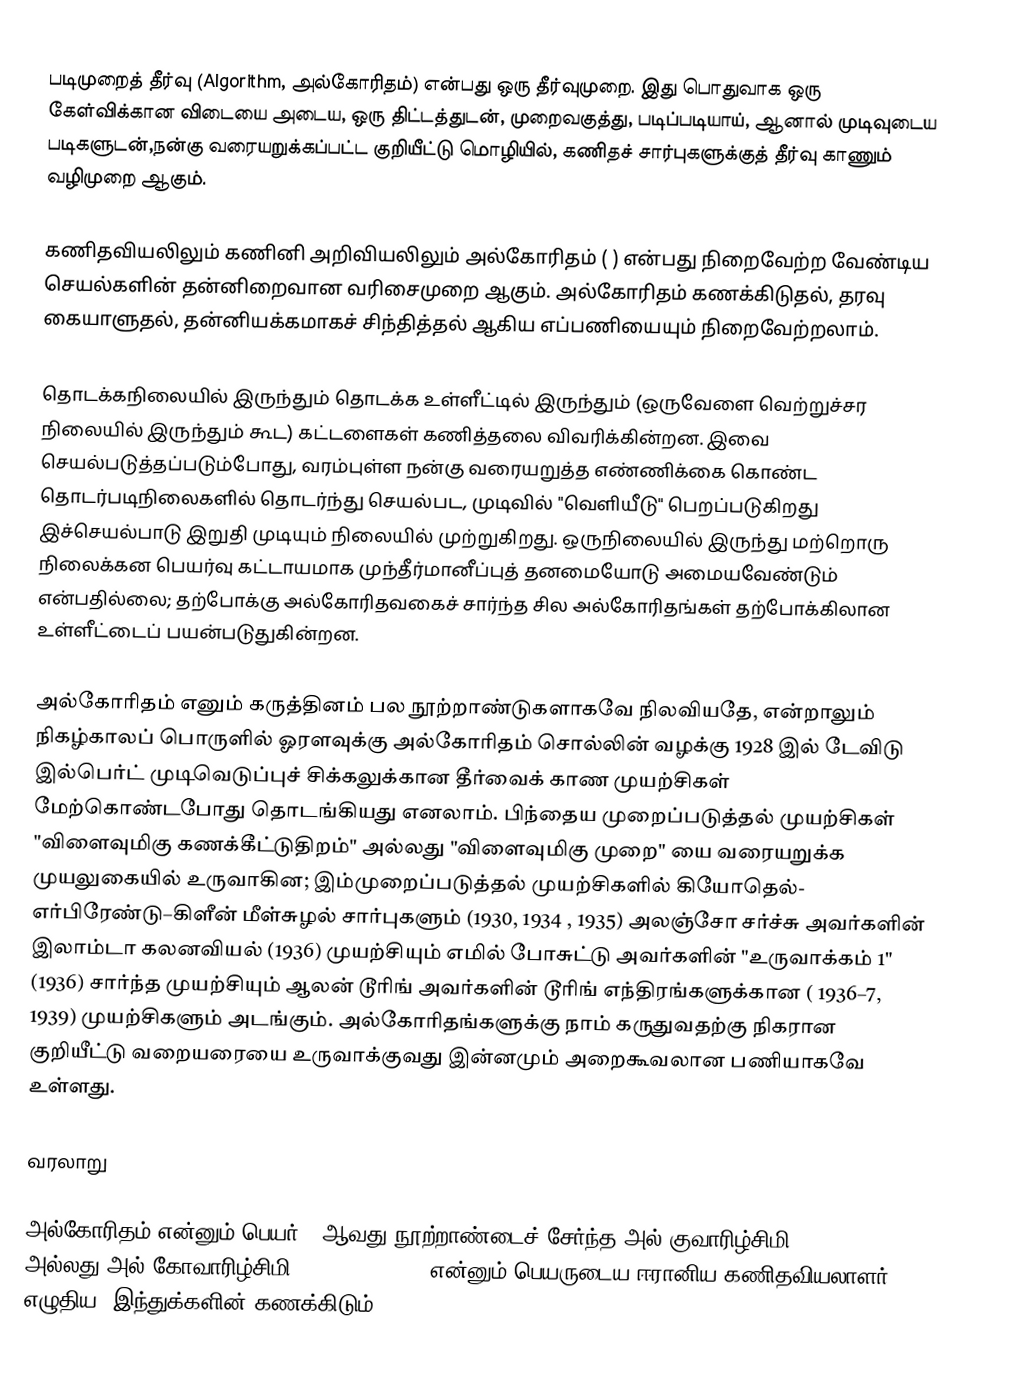
படிமுறைத் தீர்வு (Algorithm, அல்கோரிதம்) என்பது ஒரு தீர்வுமுறை. இது பொதுவாக ஒரு கேள்விக்கான விடையை அடைய, ஒரு திட்டத்துடன், முறைவகுத்து, படிப்படியாய், ஆனால் முடிவுடைய படிகளுடன்,நன்கு வரையறுக்கப்பட்ட குறியீட்டு மொழியில், கணிதச் சார்புகளுக்குத்  தீர்வு காணும் வழிமுறை ஆகும்.

கணிதவியலிலும் கணினி அறிவியலிலும் அல்கோரிதம் ( ) என்பது நிறைவேற்ற வேண்டிய செயல்களின் தன்னிறைவான வரிசைமுறை ஆகும். அல்கோரிதம் கணக்கிடுதல், தரவு கையாளுதல், தன்னியக்கமாகச் சிந்தித்தல் ஆகிய எப்பணியையும் நிறைவேற்றலாம்.

தொடக்கநிலையில் இருந்தும் தொடக்க உள்ளீட்டில் இருந்தும் (ஒருவேளை வெற்றுச்சர நிலையில் இருந்தும் கூட) கட்டளைகள் கணித்தலை விவரிக்கின்றன. இவை செயல்படுத்தப்படும்போது, வரம்புள்ள நன்கு வரையறுத்த எண்ணிக்கை கொண்ட தொடர்படிநிலைகளில் தொடர்ந்து செயல்பட, முடிவில் "வெளியீடு" பெறப்படுகிறது இச்செயல்பாடு இறுதி முடியும் நிலையில் முற்றுகிறது. ஒருநிலையில் இருந்து மற்றொரு நிலைக்கன பெயர்வு கட்டாயமாக முந்தீர்மானீப்புத் தனமையோடு அமையவேண்டும் என்பதில்லை; தற்போக்கு அல்கோரிதவகைச் சார்ந்த சில அல்கோரிதங்கள் தற்போக்கிலான உள்ளீட்டைப் பயன்படுதுகின்றன.

அல்கோரிதம் எனும் கருத்தினம் பல நூற்றாண்டுகளாகவே நிலவியதே, என்றாலும் நிகழ்காலப் பொருளில் ஓரளவுக்கு அல்கோரிதம் சொல்லின் வழக்கு 1928 இல் டேவிடு இல்பெர்ட் முடிவெடுப்புச் சிக்கலுக்கான தீர்வைக் காண முயற்சிகள் மேற்கொண்டபோது தொடங்கியது எனலாம். பிந்தைய முறைப்படுத்தல் முயற்சிகள் "விளைவுமிகு கணக்கீட்டுதிறம்" அல்லது "விளைவுமிகு முறை" யை வரையறுக்க முயலுகையில் உருவாகின; இம்முறைப்படுத்தல் முயற்சிகளில் கியோதெல்- எர்பிரேண்டு–கிளீன்  மீள்சுழல் சார்புகளும்  (1930, 1934 , 1935) அலஞ்சோ சர்ச்சு அவர்களின் இலாம்டா கலனவியல் (1936) முயற்சியும் எமில் போசுட்டு அவர்களின் "உருவாக்கம் 1" (1936) சார்ந்த முயற்சியும் ஆலன் டூரிங் அவர்களின் டூரிங் எந்திரங்களுக்கான ( 1936–7, 1939) முயற்சிகளும் அடங்கும். அல்கோரிதங்களுக்கு நாம் கருதுவதற்கு நிகரான குறியீட்டு வறையரையை உருவாக்குவது இன்னமும் அறைகூவலான பணியாகவே உள்ளது.

வரலாறு

அல்கோரிதம் என்னும் பெயர் 9 ஆவது நூற்றாண்டைச் சேர்ந்த அல் குவாரிழ்சிமி (al-Khwarizmi) அல்லது அல் கோவாரிழ்சிமி (Al-Khowarizmi) என்னும் பெயருடைய ஈரானிய கணிதவியலாளர் எழுதிய "இந்துக்களின் கணக்கிடும்